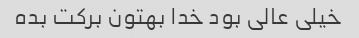
خیلی عالی بود خدا بهتون برکت بده